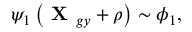
\psi _ { 1 } \left( \textbf { X } _ { g y } + \boldsymbol { \rho } \right) \sim \phi _ { 1 } ,